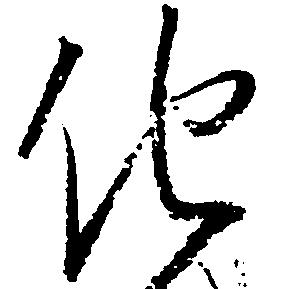
他